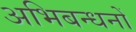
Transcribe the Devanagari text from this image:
अभिबन्धनों